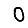
Digit: 0